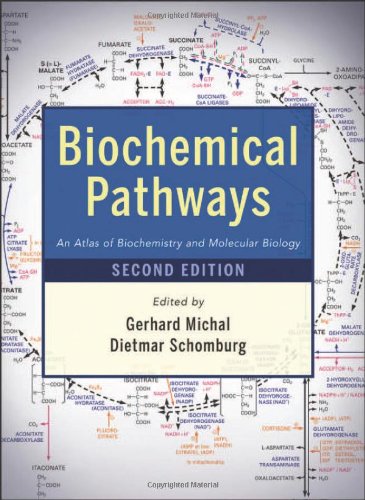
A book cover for Biochemical Pathways: An Atlas of Biochemistry and Molecular Biology; Science & Math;